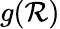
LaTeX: g(\mathcal{R})